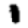
Digit: 1